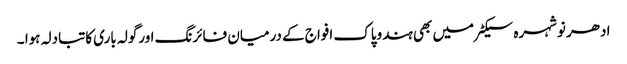
ادھر نوشہرہ سیکٹر میں بھی ہندوپاک افواج کے درمیان فائرنگ اورگولہ باری کاتبادلہ ہوا ۔